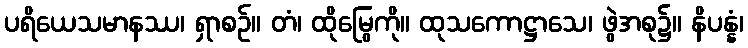
ပရိယေသမာနဿ၊ ရှာစဉ်။ တံ၊ ထိုမြွေကို။ ထုသကောဋ္ဌာသေ၊ ဖွဲအစု၌။ နိပန္နံ၊